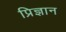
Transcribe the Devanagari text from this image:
प्रिज्ञान